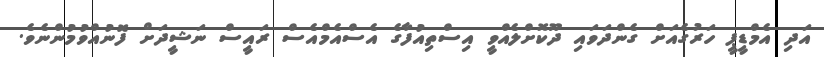
އަދި އެމްޑީޕީ ހަރުގެއަށް ގެންދަވައި ދޫކޮށްލެއްވީ އިސްތިއުފާގެ އެސްއެމްއެސް ރައީސް ނަޝީދަށް ފޮނުއްވުމުންނެވެ.